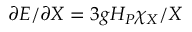
\partial E / \partial X = 3 g H _ { P } \chi _ { X } / X